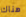
هناك